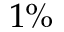
1 \%